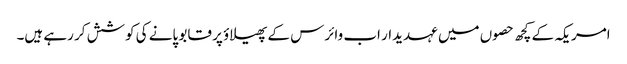
امریکہ کے کچھ حصوں میں عہدیدار اب وائرس کے پھیلاؤ پر قابو پانے کی کوشش کر رہے ہیں۔